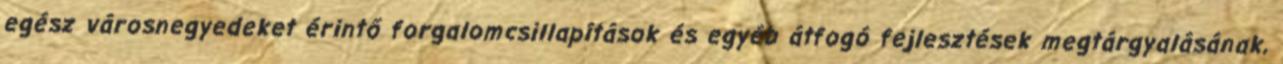
egész városnegyedeket érintő forgalomcsillapítások és egyéb átfogó fejlesztések megtárgyalásának,